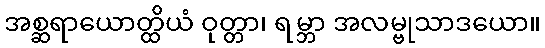
အစ္ဆရာယောတ္ထိယံ ဝုတ္တာ၊ ရမ္ဘာ အလမ္ဗုသာဒယော။